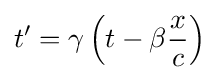
t'=\gamma \left(t-\beta {\frac {x}{c}}\right)